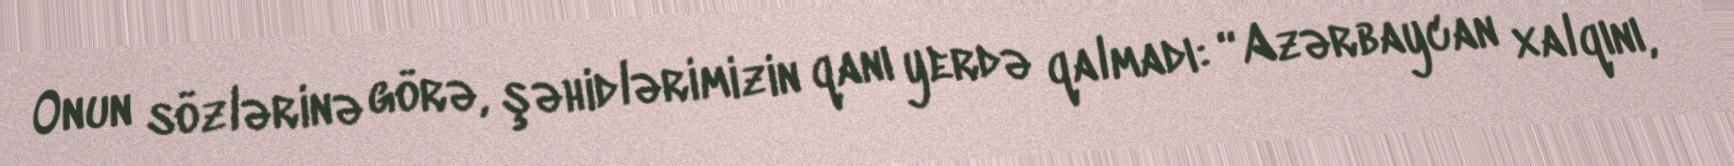
Onun sözlərinə görə, şəhidlərimizin qanı yerdə qalmadı: “Azərbaycan xalqını,